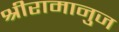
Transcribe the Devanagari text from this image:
श्रीरामानुज